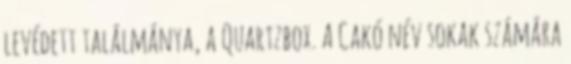
levédett találmánya, a Quartzbox. A Cakó név sokak számára